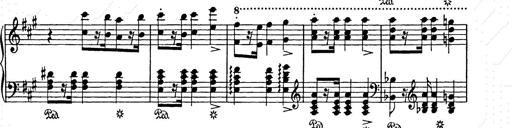
Title: Weihnachtsbaum
Composer: Franz Liszt